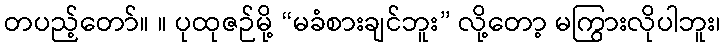
တပည့်တော်။ ။ ပုထုဇဉ်မို့ “မခံစားချင်ဘူး” လို့တော့ မကြွားလိုပါဘူး၊